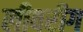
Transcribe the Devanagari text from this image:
लीवरीग